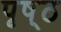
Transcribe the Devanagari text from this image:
पृष््ठ